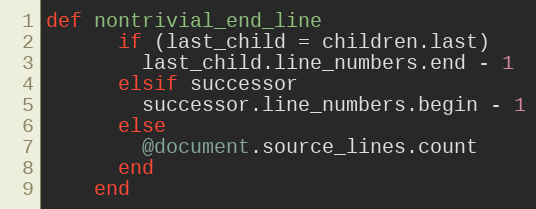
Language: Ruby
def nontrivial_end_line
      if (last_child = children.last)
        last_child.line_numbers.end - 1
      elsif successor
        successor.line_numbers.begin - 1
      else
        @document.source_lines.count
      end
    end